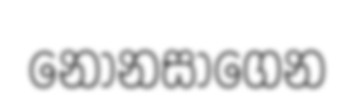
නොනසාගෙන